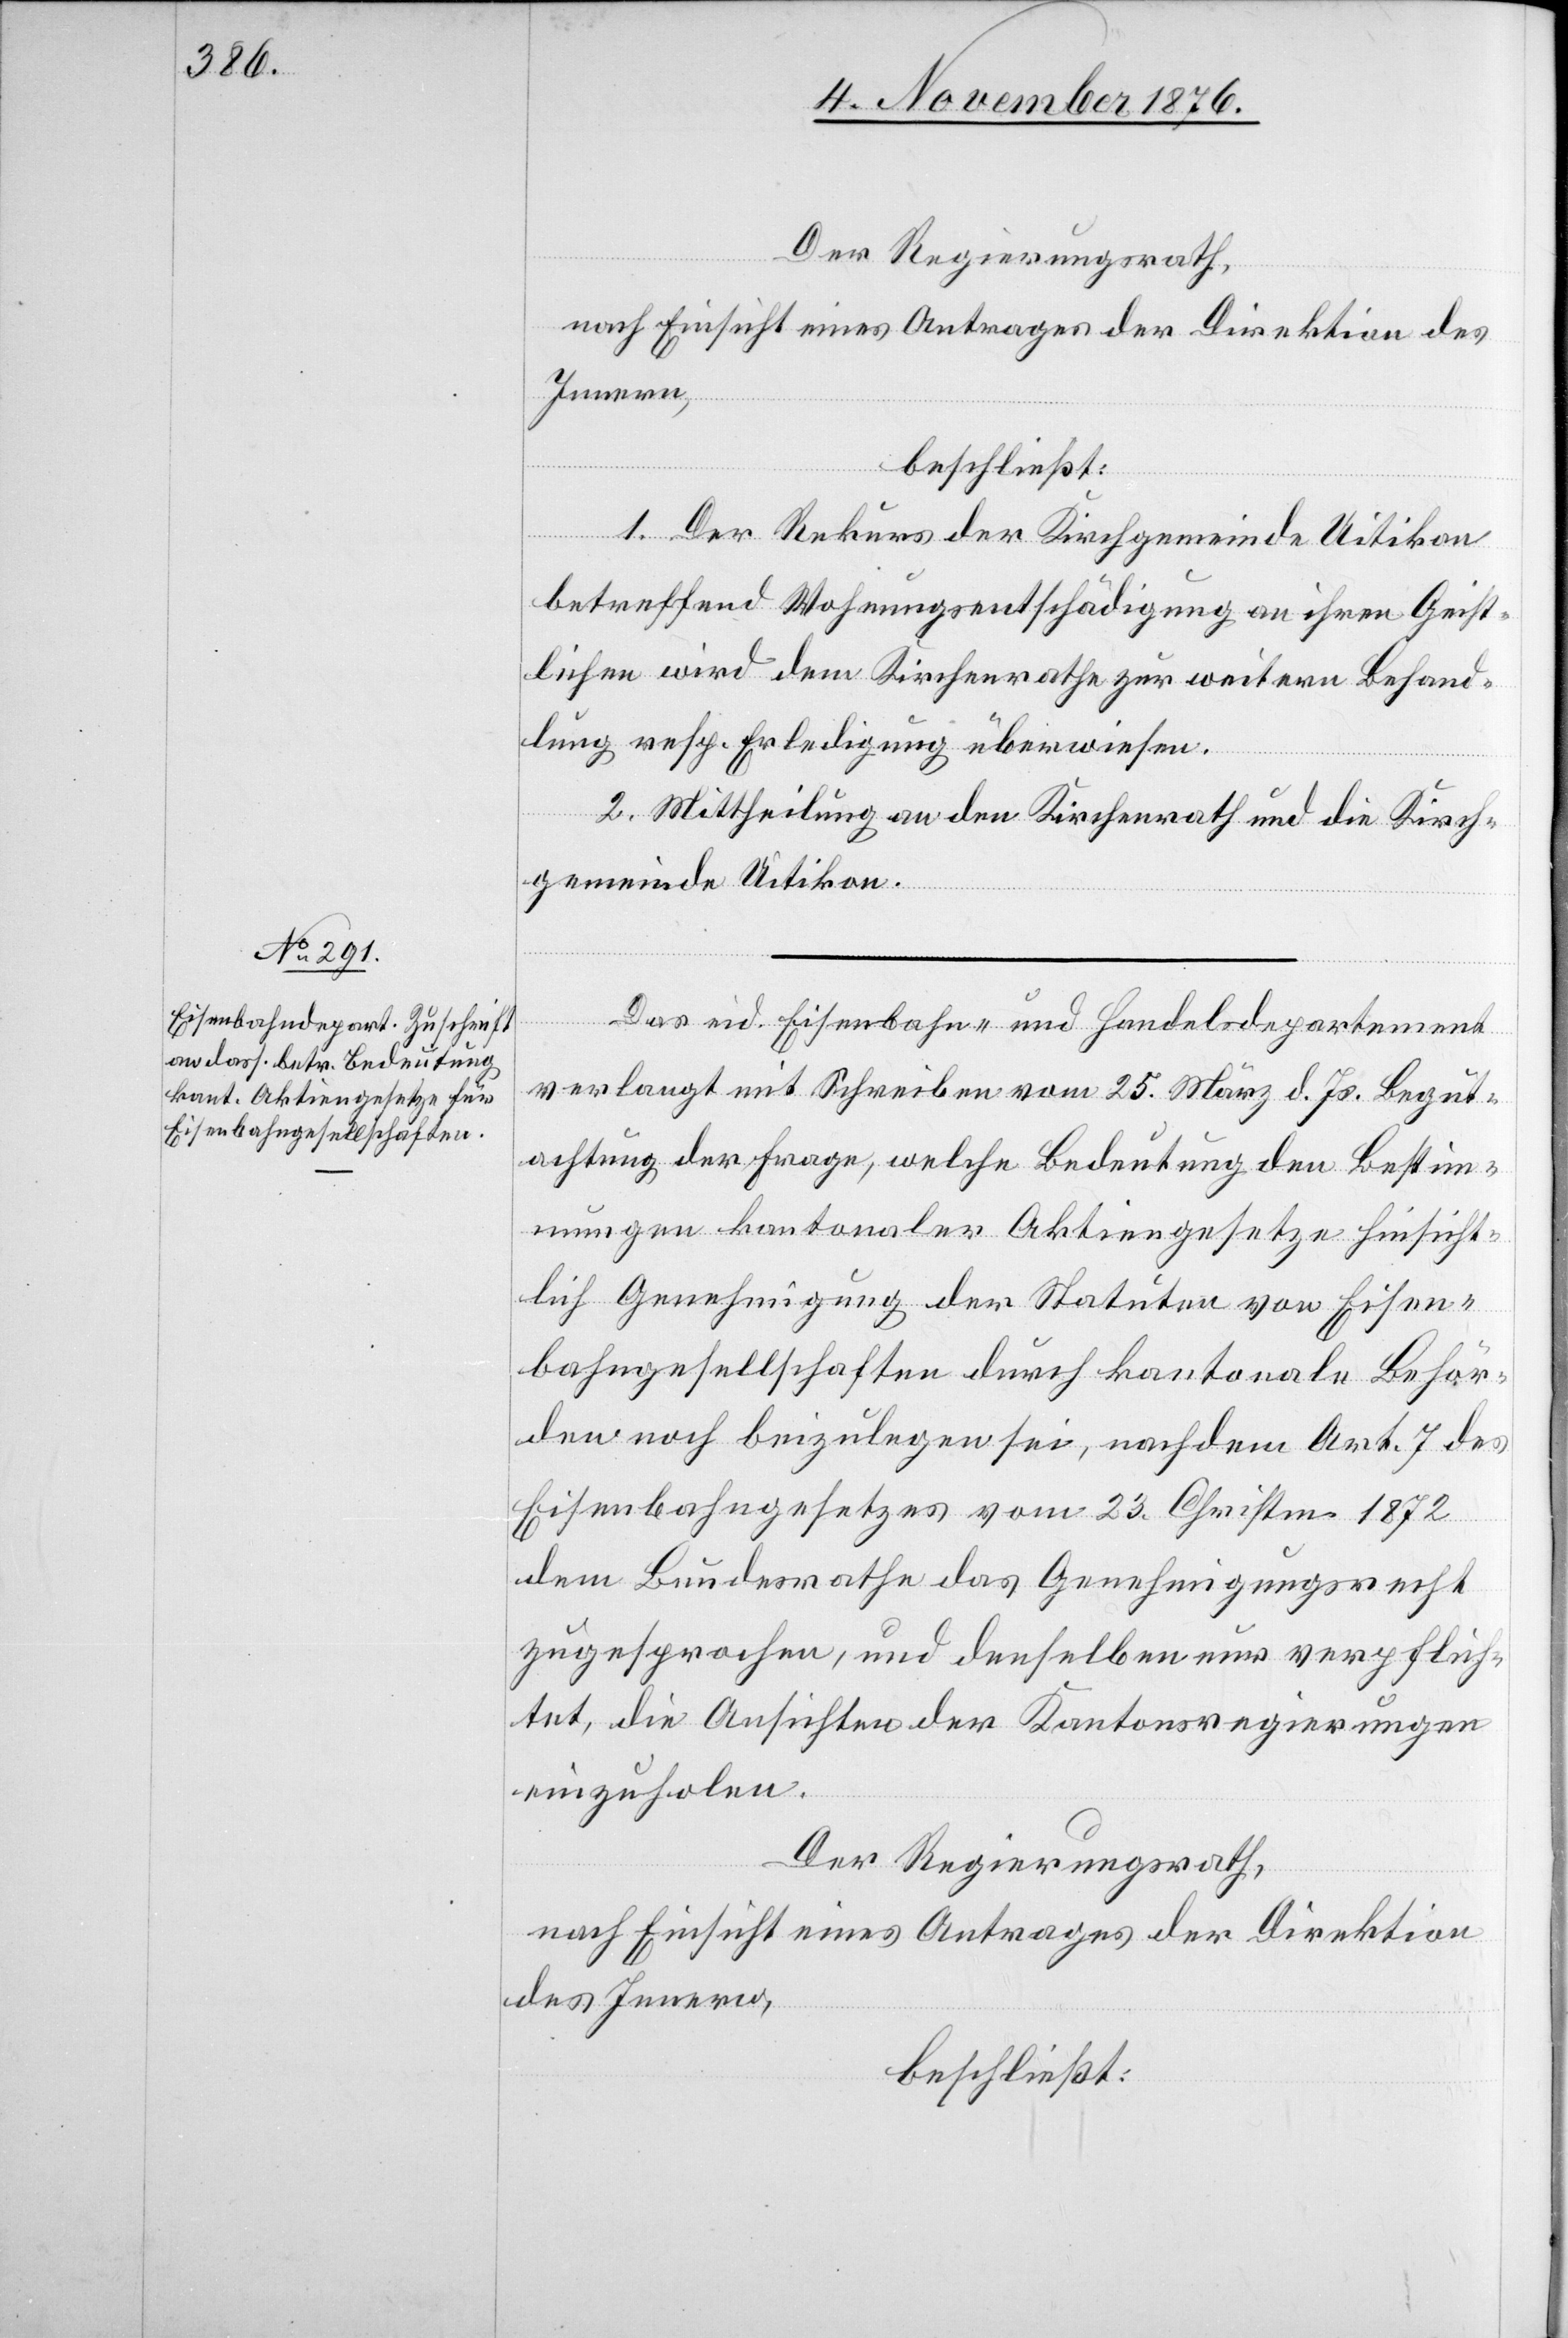
Der Regierungsrath,
nach Einsicht eines Antrages der Direktion des
Innern,
beschließt:
1. Der Rekurs der Kirchgemeinde Uitikon
betreffend Wohnungsentschädigung an ihren Geist¬
lichen wird dem Kirchenrathe zur weitern Behand¬
lung resp. Erledigung überwiesen.
2. Mittheilung an den Kirchenrath und die Kirch¬
gemeinde Uitikon.
Das eid. Eisenbahn- und Handelsdepartement
verlangt mit Schreiben vom 25. März d. Js. Begut¬
achtung der Frage, welche Bedeutung den Bestim¬
mungen kantonaler Aktiengesetze hinsicht¬
lich Genehmigung der Statuten von Eisen¬
bahngesellschaften durch kantonale Behör¬
den noch beizulegen sei, nachdem Art. 7 des
Eisenbahngesetzes vom 23. Christm. 1872
dem Bundesrathe das Genehmigungsrecht
zugesprochen, und denselben nur verpflich¬
tet, die Aussichten der Kantonsregierungen
einzuholen.
Der Regierungsrath,
nach Einsicht eines Antrages der Direktion
des Innern,
beschließt: